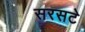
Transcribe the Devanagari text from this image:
सरसटे